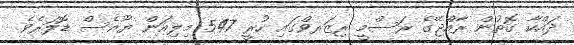
ދައްކާ ގޮތުން ރާއްޖޭގެ ރަސްމީ ރިޒަރވްގައި ހުރީ 547 މިލިއަން ޔޫއެސް ޑޮލަރެވެ.